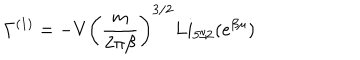
LaTeX: \Gamma ^ { ( 1 ) } = - V \left( \frac { m } { 2 \pi \beta } \right) ^ { 3 / 2 } L i _ { 5 / 2 } ( e ^ { \beta \mu } )